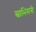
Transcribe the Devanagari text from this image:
स्वाभिमनी